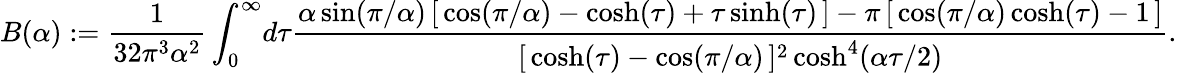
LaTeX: B(\alpha):=\frac{1}{32\pi^{3}\alpha^{2}}\int_{0}^{\infty}\! d\tau\frac{\alpha\sin(\pi/\alpha)\, [\, \cos(\pi/\alpha)-\cosh(\tau)+\tau\sinh(\tau)\, ]-\pi\, [\, \cos(\pi/\alpha)\cosh(\tau)-1\, ]}{[\, \cosh(\tau)-\cos(\pi/\alpha)\, ]^{2}\cosh^{4}(\alpha\tau/2)}.